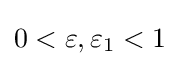
0<\varepsilon ,\varepsilon _{1}<1